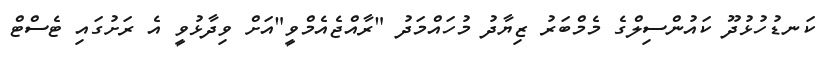
ކަނޑުހުޅުދޫ ކައުންސިލްގެ މެމްބަރު ޒިޔާދު މުހައްމަދު "ރާއްޖެއެމްވީ"އަށް ވިދާޅުވީ އެ ރަށުގައި ޓެސްޓް